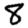
Digit: 8